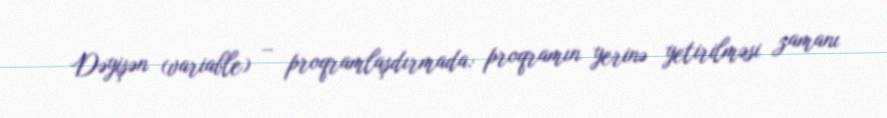
Dəyişən (variable) – proqramlaşdırmada: proqramın yerinə yetirilməsi zamanı